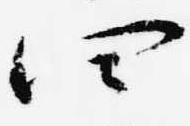
四